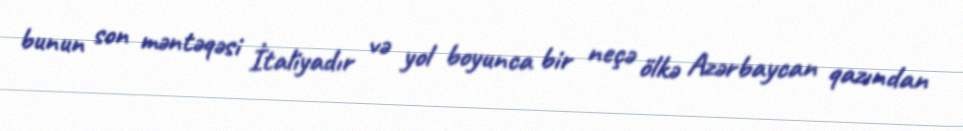
bunun son məntəqəsi İtaliyadır və yol boyunca bir neçə ölkə Azərbaycan qazından